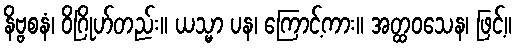
နိဗ္ဗစနံ၊ ဝိဂြိုဟ်တည်း။ ယသ္မာ ပန၊ ကြောင့်ကား။ အတ္ထဝသေန၊ ဖြင့်။